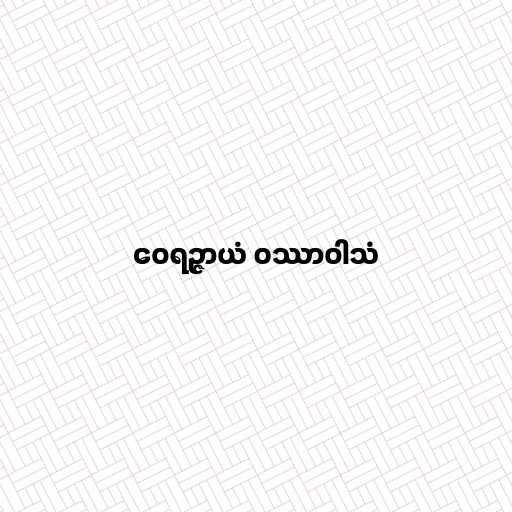
ဝေရဉ္ဇာယံ ဝဿာဝါသံ